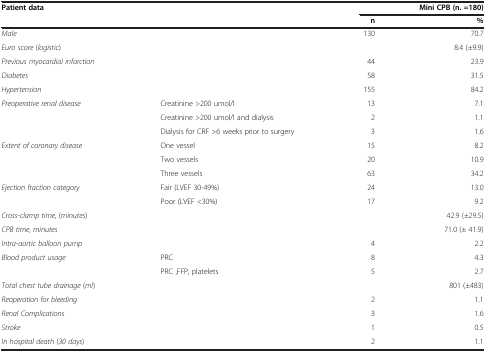
<table><thead><tr><td><b>Patient data</b></td><td><b> </b></td><td colspan="2"><b>Mini CPB (n. =180)</b></td></tr><tr><td><b> </b></td><td><b> </b></td><td><b>n</b></td><td><b>%</b></td></tr></thead><tbody><tr><td><i>Male</i></td><td> </td><td>130</td><td>70.7</td></tr><tr><td><i>Euro score </i>(<i>logistic</i>)</td><td> </td><td colspan="2">8.4 (±9.9)</td></tr><tr><td><i>Previous myocardial infarction</i></td><td> </td><td>44</td><td>23.9</td></tr><tr><td><i>Diabetes</i></td><td> </td><td>58</td><td>31.5</td></tr><tr><td><i>Hypertension</i></td><td> </td><td>155</td><td>84.2</td></tr><tr><td><i>Preoperative renal disease</i></td><td>Creatinine &gt;200 umol/l</td><td>13</td><td>7.1</td></tr><tr><td> </td><td>Creatinine &gt;200 umol/l and dialysis</td><td>2</td><td>1.1</td></tr><tr><td> </td><td>Dialysis for CRF &gt;6 weeks prior to surgery</td><td>3</td><td>1.6</td></tr><tr><td><i>Extent of coronary disease</i></td><td>One vessel</td><td>15</td><td>8.2</td></tr><tr><td> </td><td>Two vessels</td><td>20</td><td>10.9</td></tr><tr><td> </td><td>Three vessels</td><td>63</td><td>34.2</td></tr><tr><td><i>Ejection fraction category</i></td><td>Fair (LVEF 30-49%)</td><td>24</td><td>13.0</td></tr><tr><td> </td><td>Poor (LVEF &lt;30%)</td><td>17</td><td>9.2</td></tr><tr><td><i>Cross</i>-<i>clamp time</i>, (<i>minutes</i>)</td><td> </td><td> </td><td>42.9 (±29.5)</td></tr><tr><td><i>CPB time</i>, <i>minutes</i></td><td> </td><td> </td><td>71.0 (± 41.9)</td></tr><tr><td><i>Intra</i>-<i>aortic balloon pump</i></td><td> </td><td>4</td><td>2.2</td></tr><tr><td><i>Blood product usage</i></td><td>PRC</td><td>8</td><td>4.3</td></tr><tr><td> </td><td>PRC ,FFP, platelets</td><td>5</td><td>2.7</td></tr><tr><td><i>Total chest tube drainage </i>(<i>ml</i>)</td><td> </td><td colspan="2">801 (±483)</td></tr><tr><td><i>Reoperation for bleeding</i></td><td> </td><td>2</td><td>1.1</td></tr><tr><td><i>Renal Complications</i></td><td> </td><td>3</td><td>1.6</td></tr><tr><td><i>Stroke</i></td><td> </td><td>1</td><td>0.5</td></tr><tr><td><i>In hospital death </i>(<i>30 days</i>)</td><td> </td><td>2</td><td>1.1</td></tr></tbody></table>